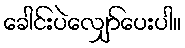
ခေါင်းပဲလျှော်ပေးပါ။